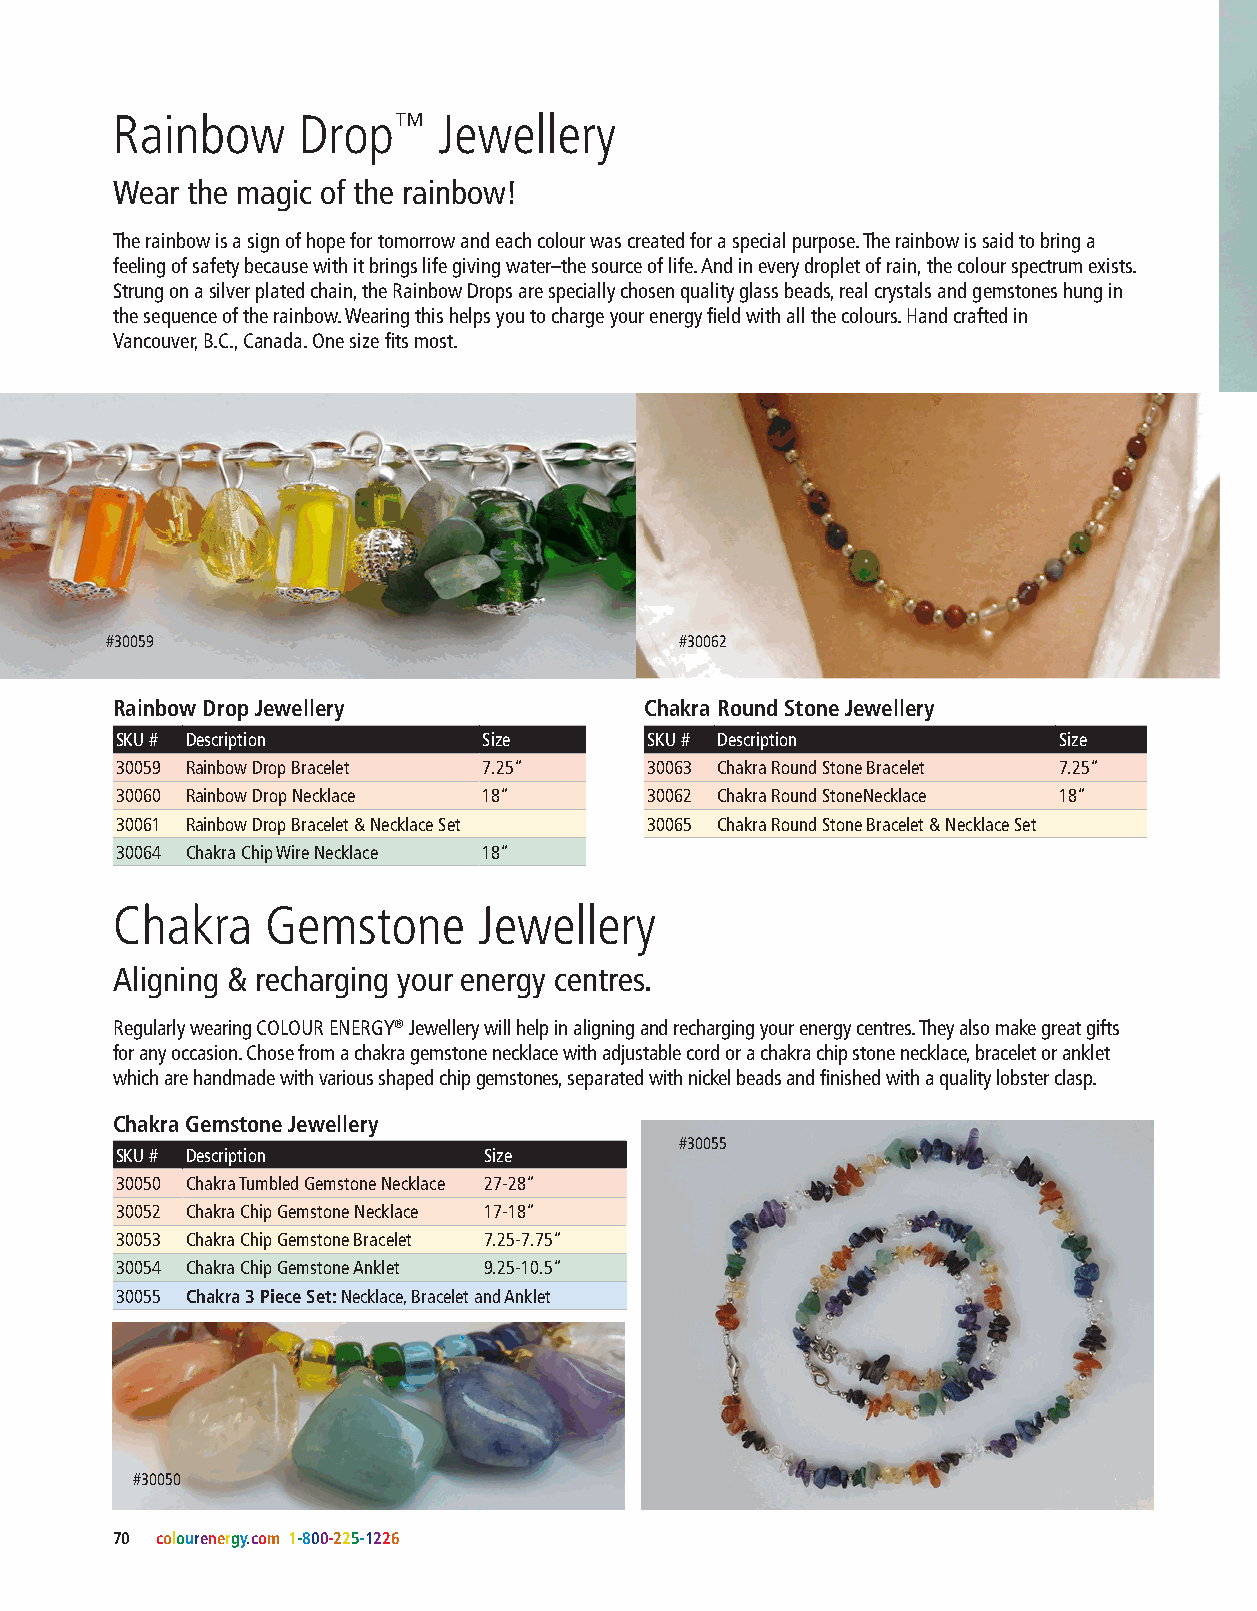
Rainbow      Drop™    Jewellery
 Wear the magic of the rainbow!
 The rainbow is a sign of hope for tomorrow and each colour was created for a special purpose. The rainbow is said to bring a
 feeling of safety because with it brings life giving water–the source of life. And in every droplet of rain, the colour spectrum exists.
 Strung on a silver plated chain, the Rainbow Drops are specially chosen quality glass beads, real crystals and gemstones hung in
 the sequence of the rainbow. Wearing this helps you to charge your energy field with all the colours. Hand crafted in
 Vancouver, B.C., Canada. One size fits most.
 #30059                                #30062
 Rainbow Drop Jewellery              Chakra Round Stone Jewellery
 SKU # Description       Size       SKU # Description          Size
 30059 Rainbow Drop Bracelet 7.25”  30063 Chakra Round Stone Bracelet 7.25”
 30060 Rainbow Drop Necklace 18”    30062 Chakra Round StoneNecklace 18”
 30061 Rainbow Drop Bracelet & Necklace Set 30065 Chakra Round Stone Bracelet & Necklace Set
 30064 Chakra Chip Wire Necklace 18”
 Chakra     Gemstone      Jewellery
 Aligning & recharging your energy centres.
 Regularly wearing COLOUR ENERGY® Jewellery will help in aligning and recharging your energy centres. They also make great gifts
 for any occasion. Chose from a chakra gemstone necklace with adjustable cord or a chakra chip stone necklace, bracelet or anklet
 which are handmade with various shaped chip gemstones, separated with nickel beads and finished with a quality lobster clasp.
 Chakra Gemstone Jewellery
 #30055
 SKU # Description       Size
 30050 Chakra Tumbled Gemstone Necklace 27-28”
 30052 Chakra Chip Gemstone Necklace 17-18”
 30053 Chakra Chip Gemstone Bracelet 7.25-7.75”
 30054 Chakra Chip Gemstone Anklet 9.25-10.5”
 30055 Chakra 3 Piece Set: Necklace, Bracelet and Anklet
 #30050
 70 colourenergy.com 1-800-225-1226